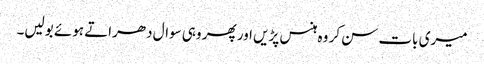
میری بات سن کر وہ ہنس پڑیں اور پھر وہی سوال دھراتے ہوئے بولیں۔